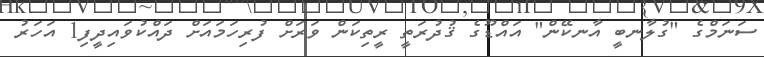
ސަނަމްގެ "ގުލާނބީ އާނކޭން" އައްޑޫގެ ޤުދުރަތީ ރީތިކަން ވަރަށް ފުރިހަމައަށް ދައްކުވައިދީފި1 އަހަރު